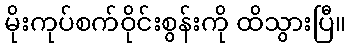
မိုးကုပ်စက်ဝိုင်းစွန်းကို ထိသွားပြီ။